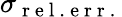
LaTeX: \sigma_{\mathrm{~r~e~l~.~\! ~e~r~r~.~}}